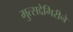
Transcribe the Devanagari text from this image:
मुत्सद्देगिरीने